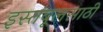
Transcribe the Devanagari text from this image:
इस्तंबूलसाठी